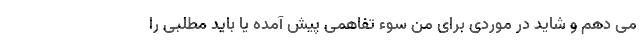
می دهم و شاید در موردی برای من سوء تفاهمی پیش آمده یا باید مطلبی را